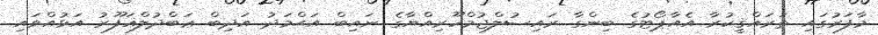
މާފަރުގައި ތަރައްޤީކުރާ އެއާޕޯޓުގެ ބިންގާ ރައިސުލްޖުމްހޫރިއްޔާގެ ނައިބް އަޙްމަދު އަދިބް ޢަބްދުލްޣަފޫރު އަޅުއްވައި